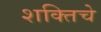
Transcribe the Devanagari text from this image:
शक्तिचे